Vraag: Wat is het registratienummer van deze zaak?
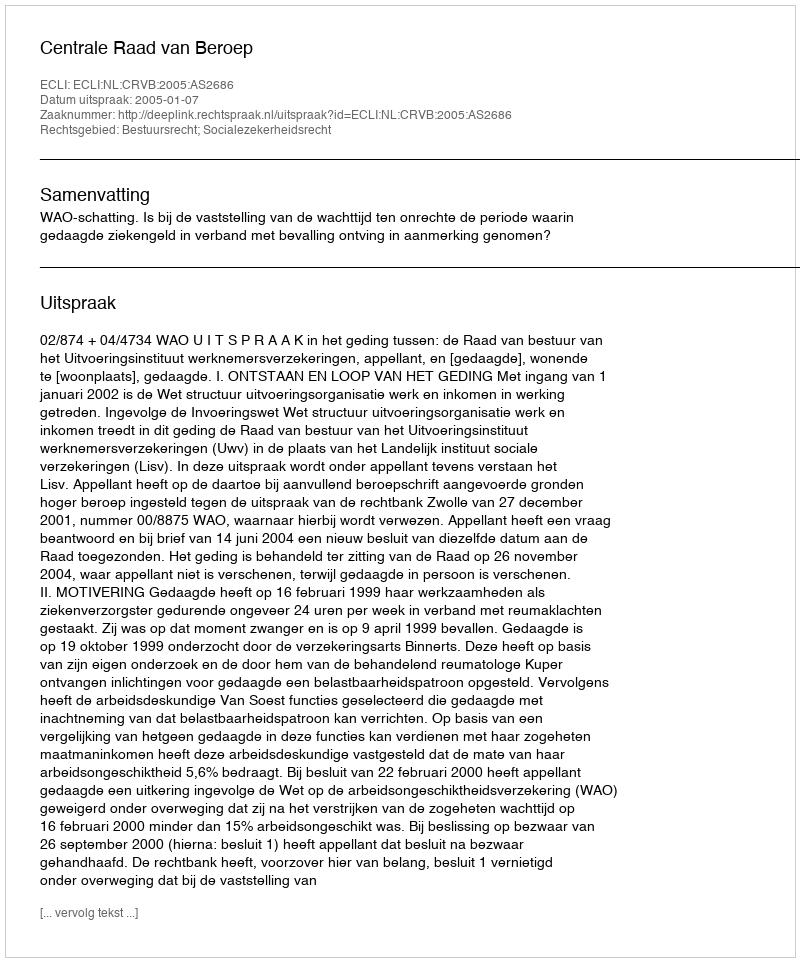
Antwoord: http://deeplink.rechtspraak.nl/uitspraak?id=ECLI:NL:CRVB:2005:AS2686